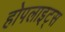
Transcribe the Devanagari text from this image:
होपलाइट्स